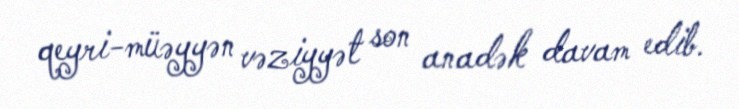
qeyri-müəyyən vəziyyət son anadək davam edib.